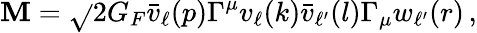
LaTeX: \mathbf{M}=\sqrt{}{{2}}G_{F}\bar{{v}}_{\ell}(p)\Gamma^{\mu}{v}_{\ell}(k)\bar{{v}}_{\ell^{\prime}}(l)\Gamma_{\mu}{w}_{\ell^{\prime}}(r)\, ,